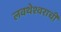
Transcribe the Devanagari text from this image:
लवथेश्वराची